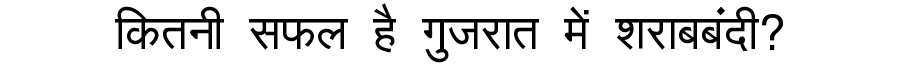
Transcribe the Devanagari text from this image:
कितनी सफल है गुजरात में शराबबंदी?